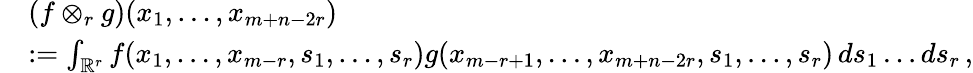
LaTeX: \begin{array}{rl}&{(f\otimes_{r}g)(x_{1},\ldots,x_{m+n-2r})}\\ &{:=\int_{\mathbb{R}^{r}}f(x_{1},\ldots,x_{m-r},s_{1},\ldots,s_{r})g(x_{m-r+1},\ldots,x_{m+n-2r},s_{1},\ldots,s_{r})\, ds_{1}\ldots ds_{r}\, ,}\end{array}